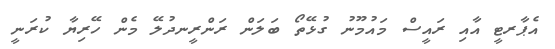
އެޕާރޓީ އާއި ރައީސް މައުމޫނު ގުޅޭތޯ ބަލަން ރަންރީނދުލޭ މެން ހޭރިޔާ ކުރަނީ